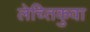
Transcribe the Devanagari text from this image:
लेच्तिकुवा